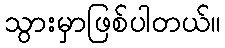
သွားမှာဖြစ်ပါတယ်။